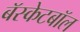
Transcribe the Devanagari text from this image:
बॅस्केटबॉल